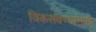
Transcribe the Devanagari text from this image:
विकसवण्यासाठी